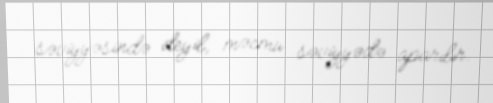
səviyyəsində deyil, məcmu səviyyədə aparılır.